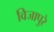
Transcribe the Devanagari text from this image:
विजापुरे